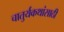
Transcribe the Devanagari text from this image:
चातुर्यकथांसाठी